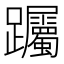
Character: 䠱